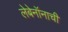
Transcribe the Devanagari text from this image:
लेबेनॉनाची